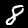
Label: 8